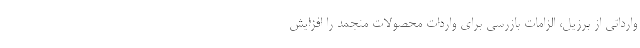
وارداتی از برزیل، الزامات بازرسی برای واردات محصولات منجمد را افزایش